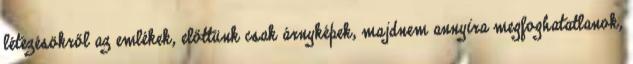
létezésökről az emlékek, előttünk csak árnyképek, majdnem annyira megfoghatatlanok,